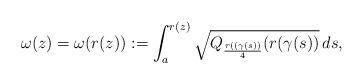
LaTeX: \begin{align*}\omega(z)=\omega(r(z)):=\int_a^{r(z)} \sqrt{Q_{\frac{r((\gamma(s))}{4}}(r(\gamma(s))}\,ds,\end{align*}